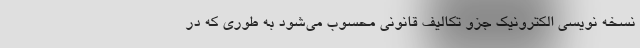
نسخه نویسی الکترونیک جزو تکالیف قانونی محسوب می‌شود به طوری که در